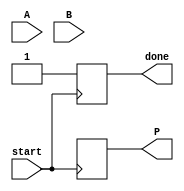
module async_wallace_multiplier #(parameter N = 4) (
    input  [N-1:0] A,     // Multiplicand
    input  [N-1:0] B,     // Multiplier
    input  start,         // Start signal for asynchronous operation
    output reg [2*N-1:0] P, // Product output
    output reg done       // Done signal
);

    // Internal signals
    reg [2*N-1:0] partial_products [0:N-1]; // Storage for partial products
    reg [2*N-1:0] sum;                     // Accumulated sum
    integer i, j;

    // Partial Product Generation
    always @(posedge start) begin
        // Generate partial products
        for (i = 0; i < N; i = i + 1) begin
            partial_products[i] = A & {N{B[i]}}; // AND A with B[i]
        end
        
        // Initial sum for Wallace tree reduction
        sum = 0;
        // Start the Wallace tree reduction
        done = 0;
        process_tree();
    end

    // Asynchronous Wallace Tree Reduction Logic
    task process_tree();
        integer k;
        reg [2*N-1:0] temp_sum;
        reg [N-1:0] carry;

        // Wallace reduction: combining three bits into two
        for (k = 0; k < N; k = k + 1) begin
            if (k < N-1) begin
                temp_sum = partial_products[k] + partial_products[k+1] + partial_products[k+2];
                {carry, sum} = temp_sum[N:N-1] + sum; // Add carry and sum
                sum[N-1:0] = temp_sum[N-1:0]; // Update low bits of sum
                if (k + 3 < N) begin
                    partial_products[k+3] = carry;
                end
            end
        end
        
        // Final addition with carry propagation
        P = sum;
        done = 1; // Set done signal
    endtask

endmodule